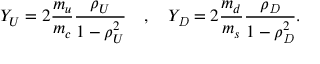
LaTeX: { Y _ { U } } = 2 { \displaystyle \frac { { m _ { u } } } { { m _ { c } } } } { \displaystyle \frac { { \rho _ { U } } } { 1 - { \rho _ { U } ^ { 2 } } } } { \ \ \ } , { \ \ \ } { Y _ { \mathit { D } } } = 2 { \displaystyle \frac { { m _ { d } } } { { m _ { s } } } } { \displaystyle \frac { { \rho _ { \mathit { D } } } } { 1 - { \rho _ { \mathit { D } } ^ { 2 } } } } .